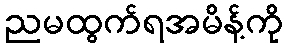
ညမထွက်ရအမိန့်ကို